Indian journal of veterinary science and animal husbandry - Volume 8,
Year: 1938
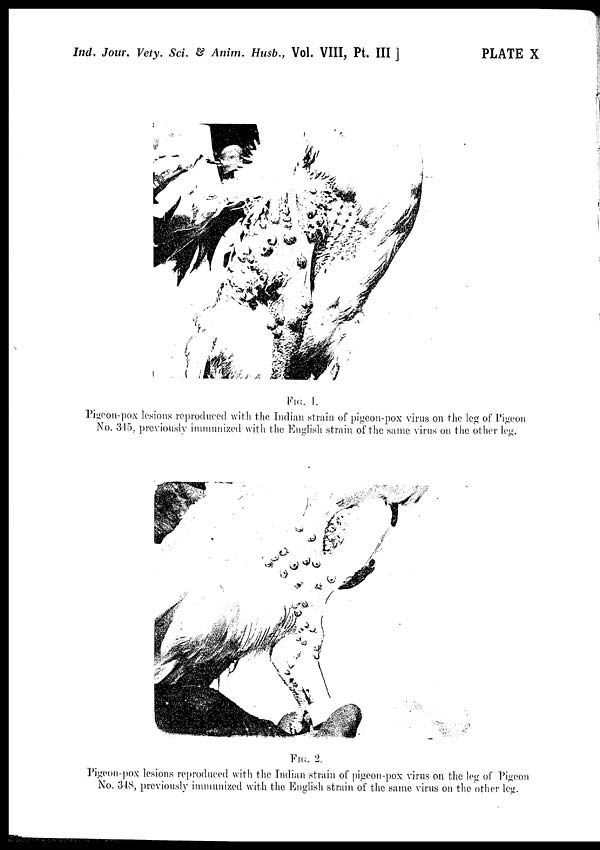
Ind. Jour. Vety. Sci. & Anim. Husb., Vol. VIII, Pt. III ]
PLATE X
FIG. 1.
Pigeon-pox lesions reproduced with the Indian strain of pigeon-pox virus on the leg of Pigeon
No. 345, previously immunized with the English strain of the same virus on the other leg.
FIG. 2.
Pigeon-pox lesions reproduced with the Indian strain of pigeon-pox virus on the leg of Pigeon
No. 348, previously immunized with the English strain of the same virus on the other leg.